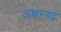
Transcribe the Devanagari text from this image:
अक्षरपद